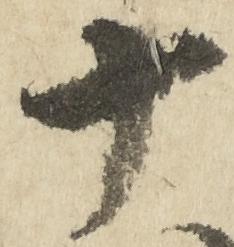
十